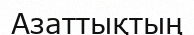
Азаттықтың